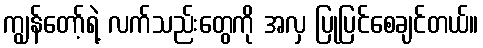
ကျွန်တော့်ရဲ့ လက်သည်းတွေကို အလှ ပြုပြင်စေချင်တယ်။